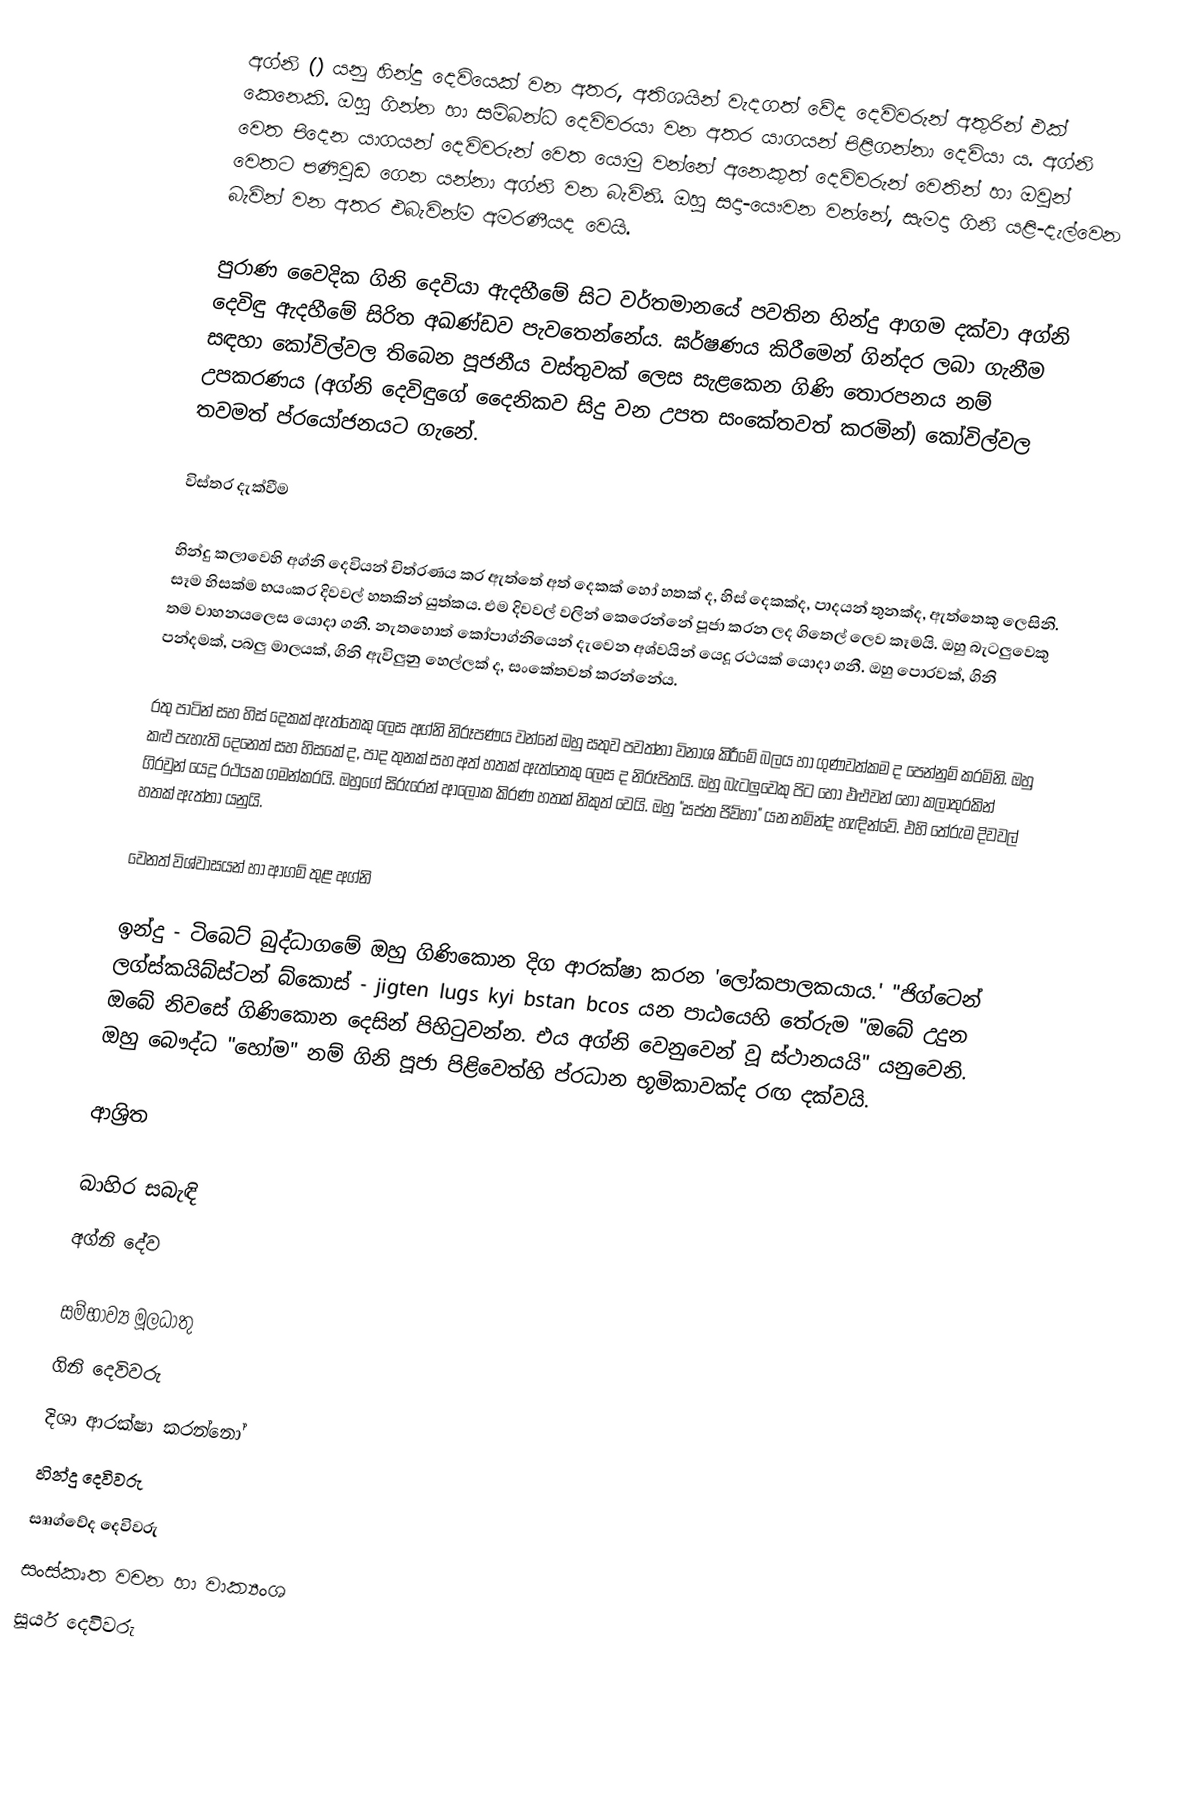
අග්නි () යනු හින්දු දෙවියෙක් වන අතර, අතිශයින් වැදගත් වේද දෙවිවරුන් අතුරින් එක් කෙනෙකි. ඔහු ගින්න හා සම්බන්ධ  දෙවිවරයා වන අතර යාගයන් පිළිගන්නා දෙවියා ය. අග්නි වෙත පිදෙන යාගයන් දෙවිවරුන් වෙත යොමු වන්නේ අනෙකුත් දෙවිවරුන් වෙතින් හා ඔවුන් වෙතට පණිවුඩ ගෙන යන්නා අග්නි වන බැවිනි. ඔහු සදා-යෞවන වන්නේ, සැමදා ගිනි යළි-දැල්වෙන බැවින් වන අතර එබැවින්ම අමරණීයද වෙයි.

පුරාණ වෛදික ගිනි දෙවියා ඇදහීමේ සිට වර්තමානයේ පවතින හින්දු ආගම දක්වා අග්නි දෙවිඳු ඇදහීමේ සිරිත අඛණ්ඩව පැවතෙන්නේය. ඝර්ෂණය කිරීමෙන් ගින්දර ලබා ගැනීම සඳහා කෝවිල්වල තිබෙන පූජනීය වස්තුවක් ලෙස සැළකෙන ගිණි තොරපනය නම් උපකරණය (අග්නි දෙවිඳුගේ දෛනිකව සිදු වන උපත සංකේතවත් කරමින්) කෝවිල්වල තවමත්  ප්රයෝජනයට ගැනේ.

විස්තර දැක්වීම

හින්දු කලාවෙහි අග්නි දෙවියන් චිත්රණය කර ඇත්තේ අත් දෙකක් හෝ හතක් ද, හිස් දෙකක්ද, පාදයන් තුනක්ද, ඇත්තෙකු ලෙසිනි. සෑම හිසක්ම භයංකර දිවවල් හතකින් යුත්කය. එම දිවවල් වලින් කෙරෙන්නේ පූජා කරන ලද ගිතෙල් ලෙව කෑමයි. ඔහු බැටලුවෙකු තම වාහනයලෙස යොදා ගනී. නැතහොත් කෝපාග්නියෙන් දැවෙන අශ්වයින් යෙදූ රථයක් යොදා ගනී. ඔහු පොරවක්, ගිනි පන්දමක්, පබලු මාලයක්, ගිනි ඇවිලුනු හෙල්ලක් ද, සංකේතවත් කරන්නේය.

රතු පාටින් සහ හිස් දෙකක් ඇත්තෙකු ලෙස අග්නි නිරූපණය වන්නේ ඔහු සතුව පවත්නා විනාශ කිරීමේ බලය හා ගුණවත්කම ද පෙන්නුම් කරමිනි.  ඔහු කළු පැහැති දෙනෙත් සහ හිසකේ ද, පාද තුනක් සහ අත් හතක් ඇත්තෙකු ලෙස ද නිරූපිතයි. ඔහු බැටලුවෙකු පිට හෝ එළුවන් හෝ කලාතුරකින් ගිරවුන් යෙදූ රථයක ගමන්කරයි. ඔහුගේ සිරුරෙන් ආලෝක කිරණ හතක් නිකුත් වෙයි. ඔහු "සප්ත ජිව්හා" යන නමින්ද හැඳින්වේ. එහි තේරුම දිවවල් හතක් ඇත්තා යනුයි.

වෙනත් විශ්වාසයන් හා ආගම් තුළ අග්නි

ඉන්දු - ටිබෙට් බුද්ධාගමේ ඔහු ගිණිකොන දිග ආරක්ෂා කරන 'ලෝකපාලකයාය.' "ජිග්ටෙන් ලග්ස්කයිබ්ස්ටන් බ්කොස් - jigten lugs kyi bstan bcos යන පාඨයෙහි තේරුම "ඔබේ උදුන ඔබේ නිවසේ ගිණිකොන දෙසින් පිහිටුවන්න. එය අග්නි වෙනුවෙන් වූ ස්ථානයයි" යනුවෙනි. ඔහු බෞද්ධ "හෝම" නම් ගිනි පූජා පිළිවෙත්හි ප්රධාන භූමිකාවක්ද රඟ දක්වයි.

ආශ්‍රිත

බාහිර සබැඳි
 අග්නි දේව

සම්භාව්‍ය මූලධාතු
ගිනි දෙවිවරු
දිශා ආරක්ෂා කරන්නෝ
හින්දු දෙවිවරු
සෲග්වේද දෙවිවරු
සංස්කෘත වචන හා වාක්‍යංශ
සූර්ය දෙවිවරු